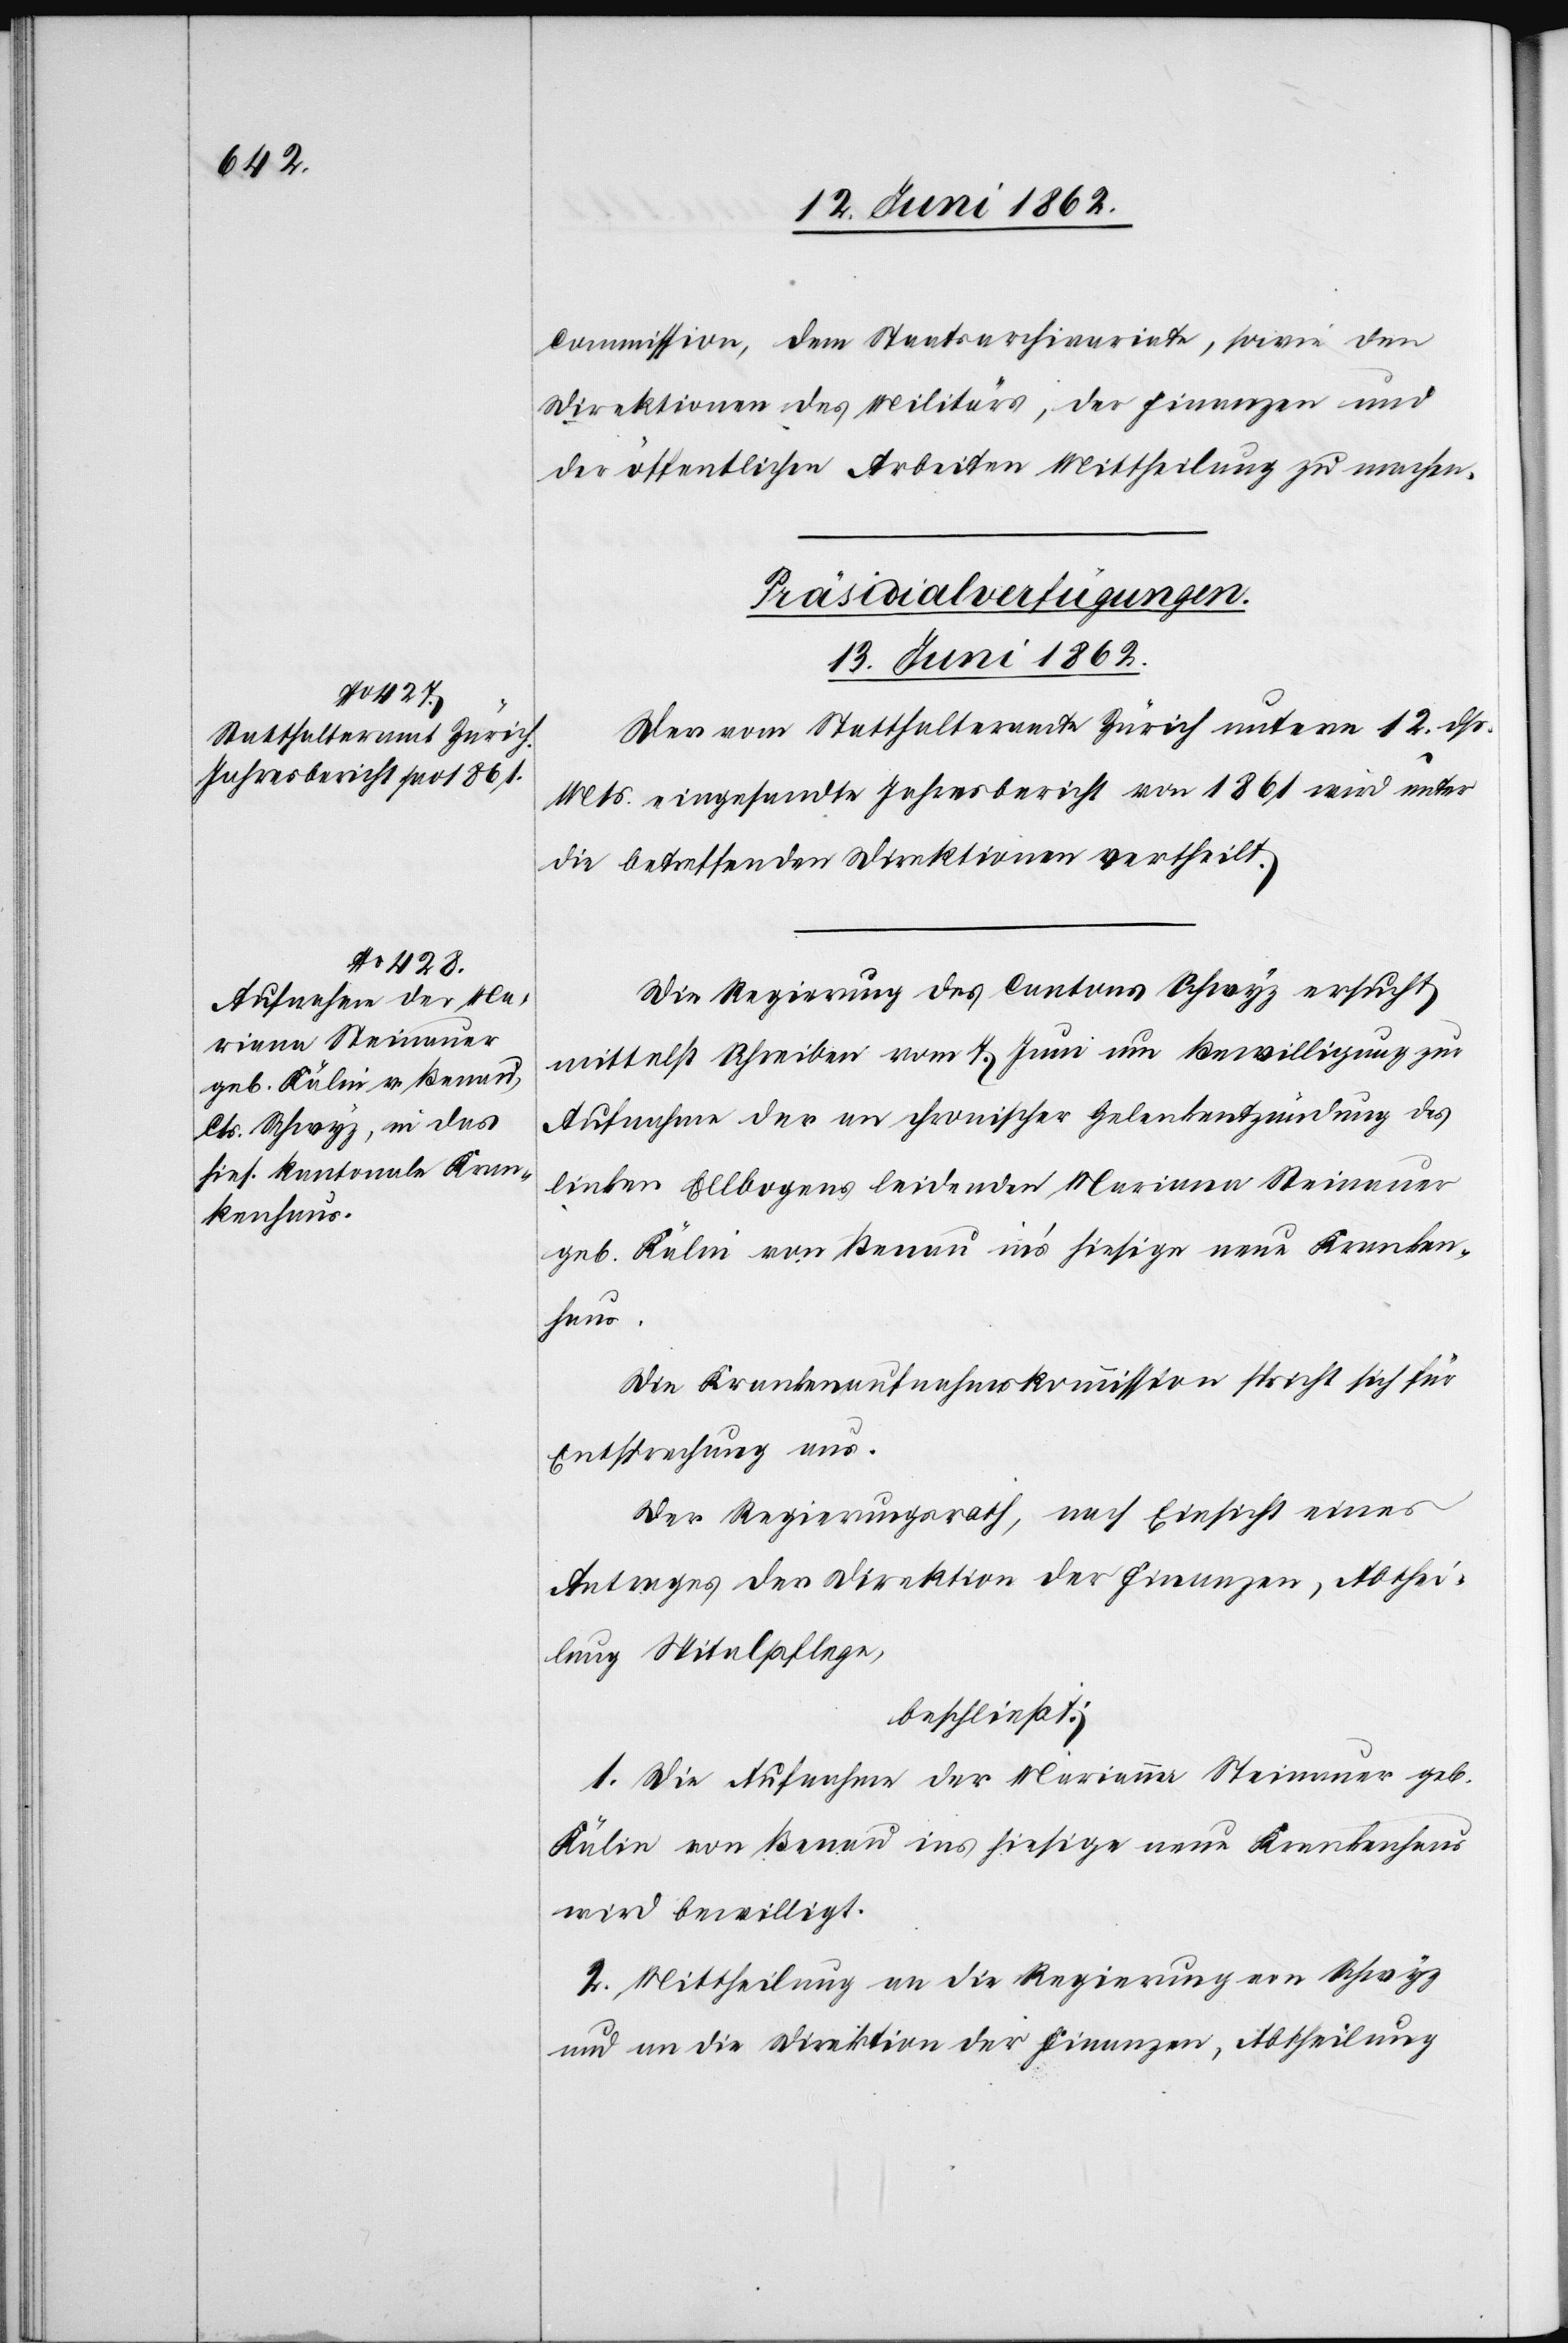
13. Juni 1862.]
Commission, dem Staatsarchivariate, sowie den
Direktionen des Militärs, der Finanzen und
der öffentlichen Arbeiten Mittheilung zu machen.
[Präsidial-Verfügungen.
Der vom Statthalteramte Zürich unterm 12. dß.
Mts. eingesandte Jahresbericht von 1861 wird unter
die betreffenden Direktionen vertheilt.
Die Regierung des Cantons Schwyz ersucht
mittelst Schreiben vom 7. Juni um Bewilligung zur
Aufnahme der an chronischer Gelenkentzündung des
linken Ellbogens leidenden Mariana Steinauer
geb. Kälin von Benau in’s hiesige neue Kranken¬
haus.
Die Krankenaufnahmskommission spricht sich für
Entsprechung aus.
Der Regierungsrath, nach Einsicht eines
Antrages der Direktion der Finanzen, Abthei¬
lung Spitalpflege,
beschließt:
1. Die Aufnahme der Marianna [sic!] Steinauer geb.
Kälin von Benau ins hiesige neue Krankenhaus
wird bewilligt.
2. Mittheilung an die Regierung von Schwyz
und an die Direktion der Finanzen, Abtheilung